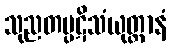
သုညတပ္ပဋိသံယုတ္တာနံ